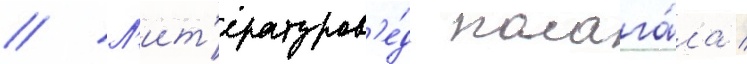
// Л'ит'ературов'е́д полага́ла /